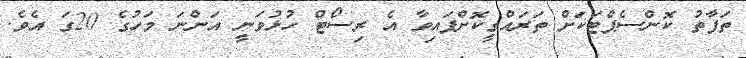
ތަފާތު ކޮންސެޕްޓަކަށް ތަރައްގީކޮށްފައިވާ އެ ރިސޯޓް ހުޅުވަނީ އަންނަ މަހުގެ 20ގަ އެވެ.